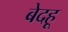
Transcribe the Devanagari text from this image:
बेदहू